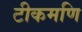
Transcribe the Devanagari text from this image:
टीकमणि